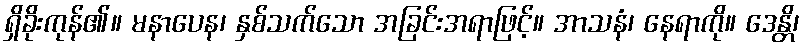
ရှိခိုးကုန်၏။ မနာပေန၊ နှစ်သက်သော အခြင်းအရာဖြင့်။ အာသနံ၊ နေရာကို။ ဒေန္တိ၊